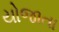
યોજાતા